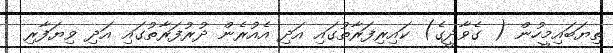
ތިޔަބައިމީހުން ( ގެވާދީގެ) ކައިރިފަރާތުގައި އަދި އެއުރެން ދުރުފަރާތުގައި އަދި ވިޔަފާރި